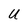
Character: U